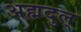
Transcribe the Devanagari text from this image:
अह्मदुल्